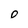
Character: 0